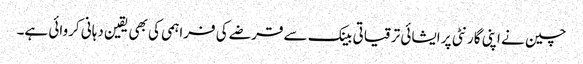
چین نے اپنی گارنٹی پر ایشائی ترقیاتی بینک سے قرضے کی فراہمی کی بھی یقین دہانی کروائی ہے۔